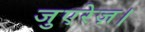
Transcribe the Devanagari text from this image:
जुएरेज़।